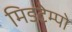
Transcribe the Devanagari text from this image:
मिडटेम्पो